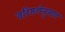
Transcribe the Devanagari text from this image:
वरिष्ठतेनुसार